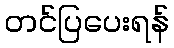
တင်ပြပေးရန်